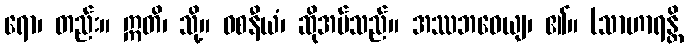
ရော၊ တည်း။ ဣတိ၊ သို့။ ဝစနီယံ၊ ဆိုအပ်သည်။ အဿဘဝေယျ၊ ၏။ (သာဟာရန္တိ